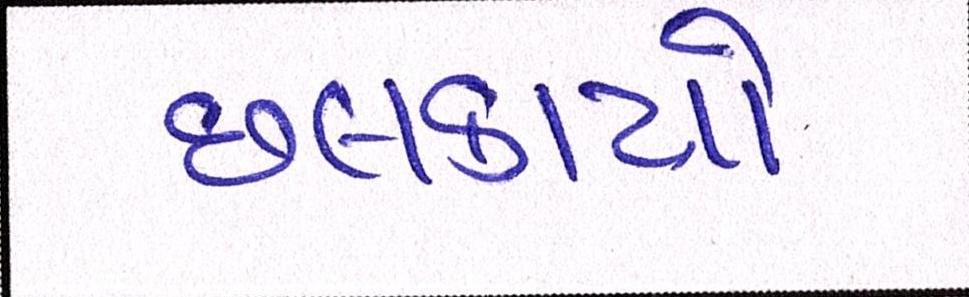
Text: છલકાયો